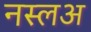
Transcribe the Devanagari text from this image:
नस्लअ